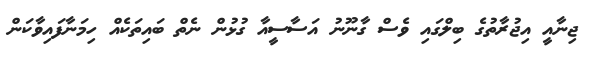
ޖިނާއީ އިޖުރާތުގެ ބިލްގައި ވެސް ގާނޫނު އަސާސީއާ ގުޅުން ނެތް ބައިތަކެއް ހިމަނާފައިވާކަން